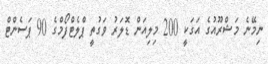
ނިމޭނެ މަޝްރޫއުގެ އަގަކީ 200 މިލިއަން ޑޮލަރު ވަގުތީ ޕްލެޓްފޯމްގެ 90 ޕަސެންޓް